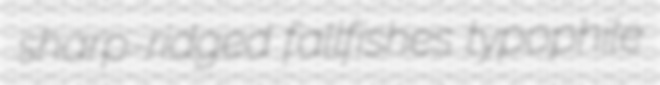
sharp-ridged fallfishes typophile